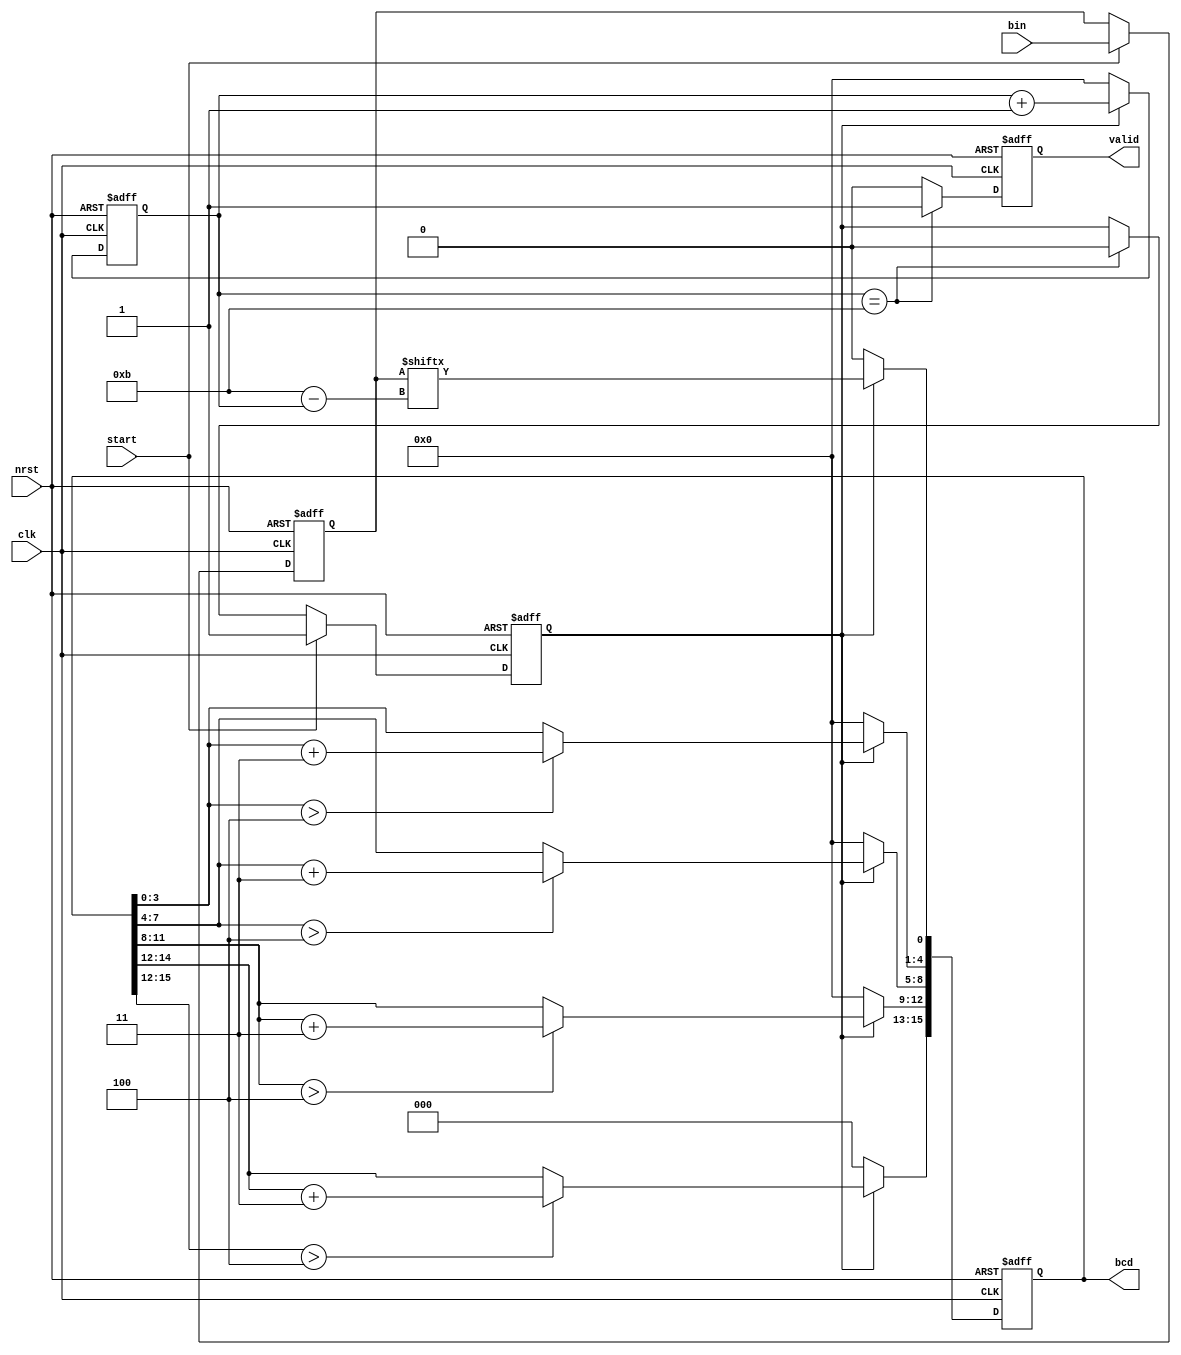
module bin2bcd_12(
    input wire clk, nrst,
    input wire start,
    input wire [11:0] bin,
    output reg [15:0] bcd,
    output reg valid
    );
    
    reg [11:0] bin_in;
    reg op;
    reg [3:0] cnt;

    always @(posedge clk or negedge nrst) begin
    if(nrst == 0)
            bin_in <= 0;
    else if(start)
        bin_in <= bin;
    end
    
    always @(posedge clk or negedge nrst) begin
        if(nrst == 0)
            op <= 0;
        else if(start)
            op <= 1;
        else if(cnt == 12 - 1)
            op <= 0;
    end

    always @(posedge clk or negedge nrst) begin
        if(nrst == 0)
            cnt <= 0;
        else if(op)
            cnt <= cnt + 1'b1;
        else
            cnt <= 0;
    end

    function [3:0] fout(input reg [3:0] fin);
        fout = (fin > 4) ? fin + 4'd3 : fin;
    endfunction

    always @(posedge clk or negedge nrst) begin
        if(nrst == 0)
            bcd <= 0;
        else if(op) begin
            bcd[0] <= bin_in[11-cnt];
            bcd[4:1] <= fout(bcd[3:0]);
            bcd[8:5] <= fout(bcd[7:4]);
            bcd[12:9] <= fout(bcd[11:8]);
				bcd[15:13] <= fout(bcd[15:12]);
          end
        else
            bcd <= 0;
    end

    always @(posedge clk or negedge nrst) begin
    if(nrst == 0)
        valid <= 0;
    else if(cnt == 12 - 1)
        valid <= 1;
    else
        valid <= 0;    
    end
endmodule